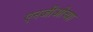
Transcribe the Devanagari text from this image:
एनजीओच्या